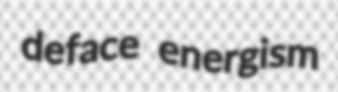
deface energism